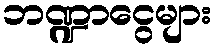
ဘဏ္ဍာငွေများ